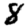
Digit: 8